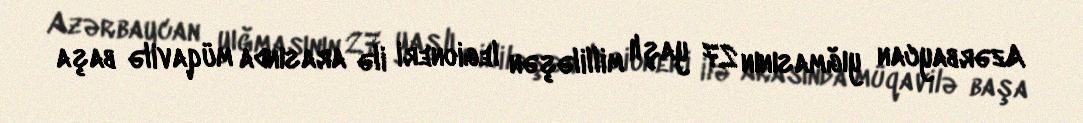
Azərbaycan yığmasının 27 yaşlı milliləşən legioneri ilə arasında müqavilə başa